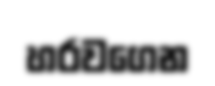
හරවගෙන